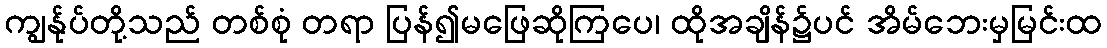
ကျွန်ုပ်တို့သည် တစ်စုံ တရာ ပြန်၍မဖြေဆိုကြပေ၊ ထိုအချိန်၌ပင် အိမ်ဘေးမှမြင်းထ